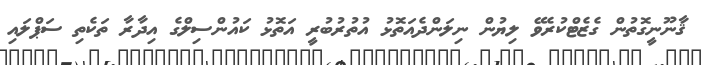
ޤާނޫނީގޮތުން ގެޒެޓްކުރެވޭ ލިޔުން ނިލަންދެއަތޮޅު އުތުރުބުރީ އަތޮޅު ކައުންސިލްގެ އިދާރާ ތަކެތި ސަޕްލައި